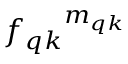
{ f _ { q k } } ^ { m _ { q k } }